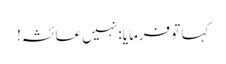
کہا تو فرمایا: نہیں عائشہ!